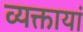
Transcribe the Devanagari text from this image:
व्यक्तायां